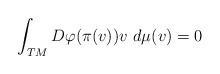
LaTeX: \begin{align*} \int_{TM} D\varphi(\pi(v)) v\ d\mu(v)=0\end{align*}